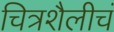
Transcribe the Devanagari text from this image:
चित्रशैलीचं